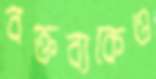
বক্তব্যকেও